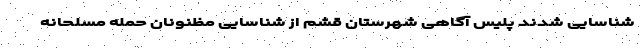
شناسایی شدند پلیس آگاهی شهرستان قشم از شناسایی مظنونان حمله مسلحانه